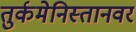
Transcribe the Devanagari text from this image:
तुर्कमेनिस्तानवर